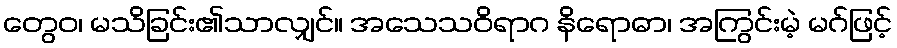
တွေဝ၊ မသိခြင်း၏သာလျှင်။ အသေသဝိရာဂ နိရောဓာ၊ အကြွင်းမဲ့ မဂ်ဖြင့်